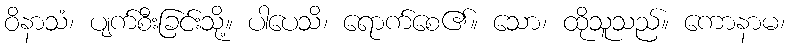
ဝိနာသံ၊ ပျက်စီးခြင်းသို့။ ပါပေသိ၊ ရောက်စေ၏။ သော၊ ထိုသူသည်။ ကောနာမ၊